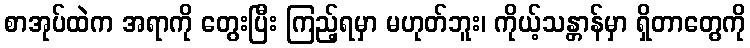
စာအုပ်ထဲက အရာကို တွေးပြီး ကြည့်ရမှာ မဟုတ်ဘူး၊ ကိုယ့်သန္တာန်မှာ ရှိတာတွေကို